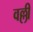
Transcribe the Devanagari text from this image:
वल्लीं